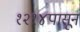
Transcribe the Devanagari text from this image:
१२१४पासून